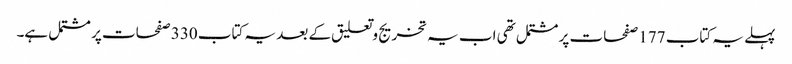
پہلے یہ کتاب 177 صفحات پر مشتمل تھی اب یہ تخریج وتعلیق کے بعد یہ کتاب 330 صفحات پر مشتمل ہے۔